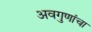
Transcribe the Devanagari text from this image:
अवगुणांचा